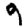
Digit: 9